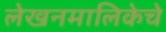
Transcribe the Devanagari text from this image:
लेखनमालिकेचे